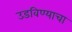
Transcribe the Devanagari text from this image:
उडविण्याचा